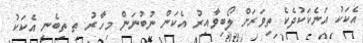
އެކަކު އަނެކަކުދެކެ ތިވަރަށް ލޯބިވާއިރު އެކަން ނުބުނަން މިހާރު ތި ތިބެނީ އެކަކު